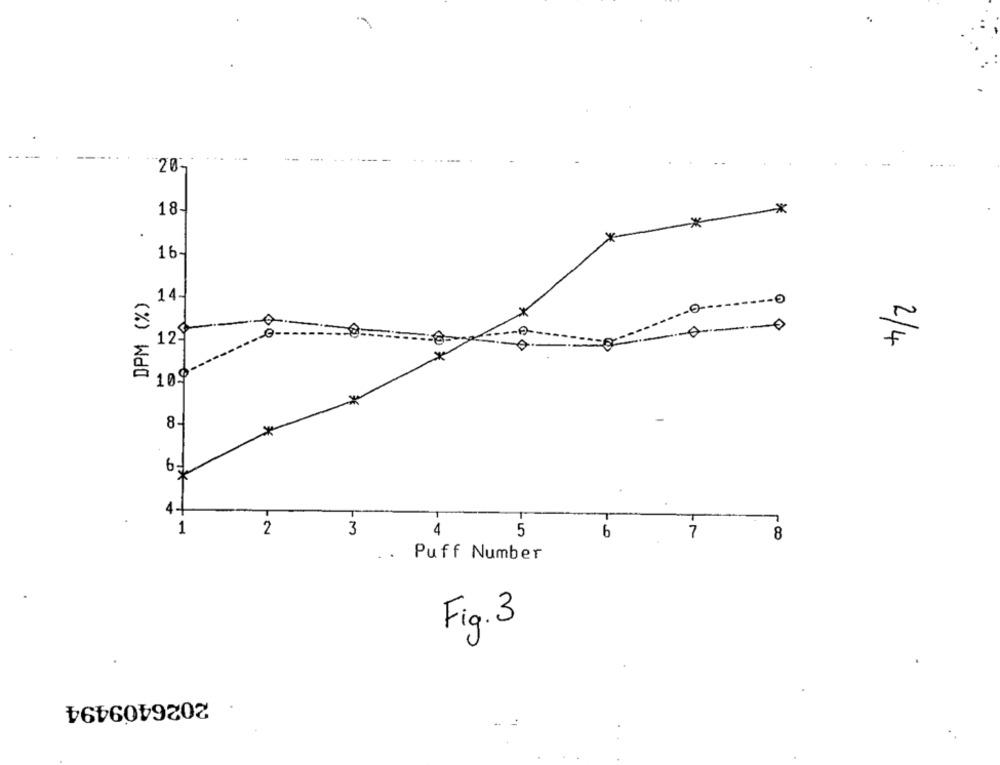
20-
18-
*
*
.
16-
DPM (%)
14-
-0
12.
2/4
100 --
8.
*
4 -1
1
2
3
4
-5
00
..
Puff Number
Fig. 3
2026409494